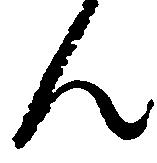
ん